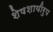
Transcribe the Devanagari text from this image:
शेषशायीरुप